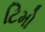
ટિમો